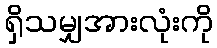
ရှိသမျှအားလုံးကို